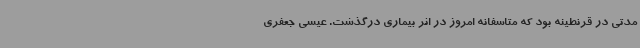
مدتی در قرنطینه بود که متاسفانه امروز در اثر بیماری درگذشت. عیسی جعفری